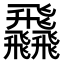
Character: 飝